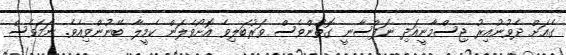
ގެއަށް ދެވުނުއިރު ޖިސްމާނީއަދި ނަފްސާނީ ގޮތުންވެސް ވަރުބަލިވެ އޮށޯވެލަން ކެމީލާ ބޭނުންވިއެވެ. ނަމަވެސް